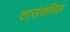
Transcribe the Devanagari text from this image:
टाउंसविल